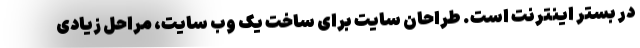
در بستر اینترنت است. طراحان سایت برای ساخت یک وب سایت، مراحل زیادی